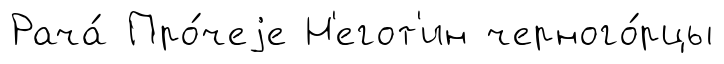
Рача́ Про́чеjе Н'егот'ин черного́рцы